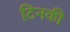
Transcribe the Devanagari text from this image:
टिनकी